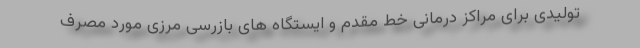
تولیدی برای مراکز درمانی خط مقدم و ایستگاه های بازرسی مرزی مورد مصرف